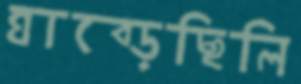
ঘাব্‌ড়েছিলি